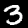
Digit: 3